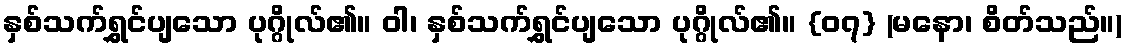
နှစ်သက်ရွှင်ပျသော ပုဂ္ဂိုလ်၏။ ဝါ၊ နှစ်သက်ရွှင်ပျသော ပုဂ္ဂိုလ်၏။ {၀၇} (မနော၊ စိတ်သည်။)